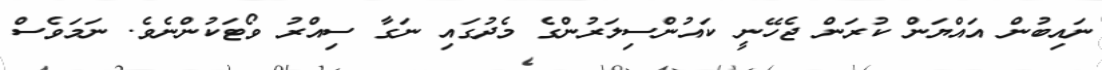
ނައިބުން އައްޔަން ކުރަން ޖެހޭނީ ކައުންސިލަރުންގެ މެދުގައި ނަގާ ސިއްރު ވޯޓަކުންނެވެ. ނަމަވެސް